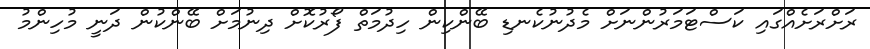
ރަށްރަށެއްގައި ކަސްޓަމަރުންނަށް މެދުނުކެނޑި ބޭންކިން ހިދުމަތް ފޯރުކޮށް ދިނުމަށް ބޭންކުން ދަނީ މުހިންމު